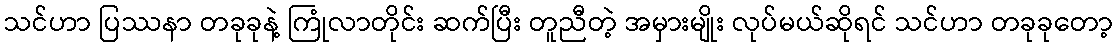
သင်ဟာ ပြဿနာ တခုခုနဲ့ ကြုံလာတိုင်း ဆက်ပြီး တူညီတဲ့ အမှားမျိုး လုပ်မယ်ဆိုရင် သင်ဟာ တခုခုတော့